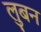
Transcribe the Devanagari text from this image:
लुबन